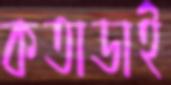
কতাডাই